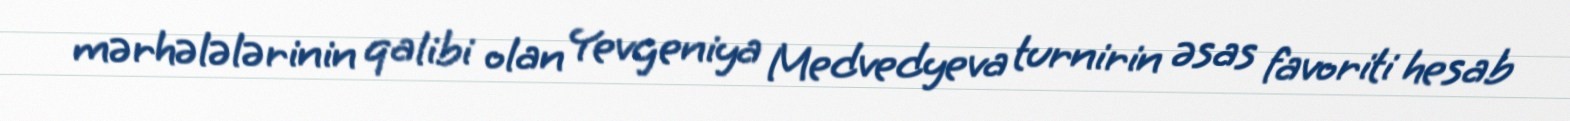
mərhələlərinin qalibi olan Yevgeniya Medvedyeva turnirin əsas favoriti hesab